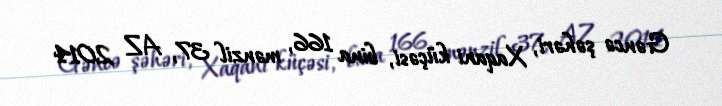
Gəncə şəhəri, Xaqani küçəsi, bina 166, mənzil 37, AZ 2014